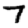
Digit: 7